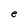
Character: e